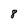
Character: 8